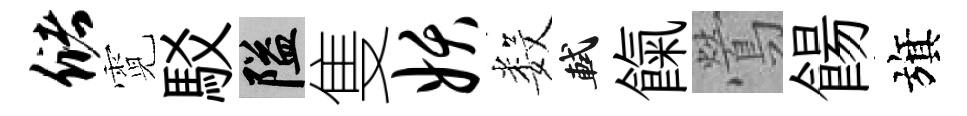
储霓駁隘隻妖数軾餼鶯餳旗